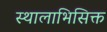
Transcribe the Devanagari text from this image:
स्थालाभिसिक्त